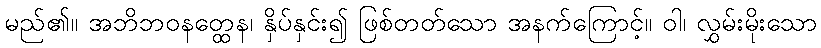
မည်၏။ အဘိဘဝနတ္ထေန၊ နှိပ်နှင်း၍ ဖြစ်တတ်သော အနက်ကြောင့်။ ဝါ၊ လွှမ်းမိုးသော